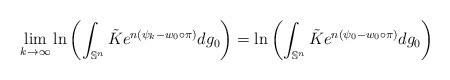
LaTeX: \begin{align*}\lim_{k\rightarrow \infty} \ln \left(\int_{\mathbb{S}^n}\tilde{K}e^{n(\psi_k-w_0\circ \pi)}dg_0\right)= \ln \left(\int_{\mathbb{S}^n}\tilde{K}e^{n(\psi_0-w_0\circ \pi)}dg_0\right)\end{align*}